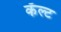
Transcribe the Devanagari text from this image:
कॅल्ट